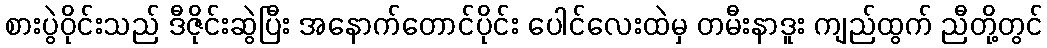
စားပွဲဝိုင်းသည် ဒီဇိုင်းဆွဲပြီး အနောက်တောင်ပိုင်း ပေါင်လေးထဲမှ တမီးနာဒူး ကျည်ထွက် ညီတို့တွင်